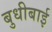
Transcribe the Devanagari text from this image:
बुधीबाई